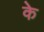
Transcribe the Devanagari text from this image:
के